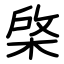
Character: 棨